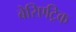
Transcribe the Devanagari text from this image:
बेरिएट्रिक